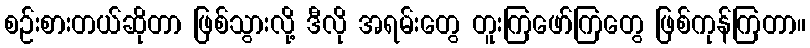
စဉ်းစားတယ်ဆိုတာ ဖြစ်သွားလို့ ဒီလို အရမ်းတွေ တူးကြဖော်ကြတွေ ဖြစ်ကုန်ကြတာ။